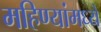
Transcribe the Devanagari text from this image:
महिण्यांमध्ये